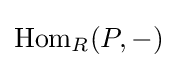
{\textrm {Hom}}_{R}(P,-)